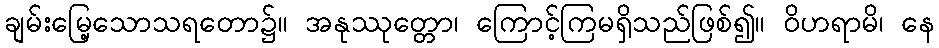
ချမ်းမြေ့သောသရတော၌။ အနုဿုတ္တော၊ ကြောင့်ကြမရှိသည်ဖြစ်၍။ ဝိဟရာမိ၊ နေ